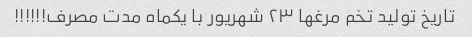
تاریخ تولید تخم مرغها ٢٣ شهریور با یکماه مدت مصرف!!!!!!